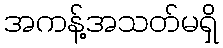
အကန့်အသတ်မရှိ